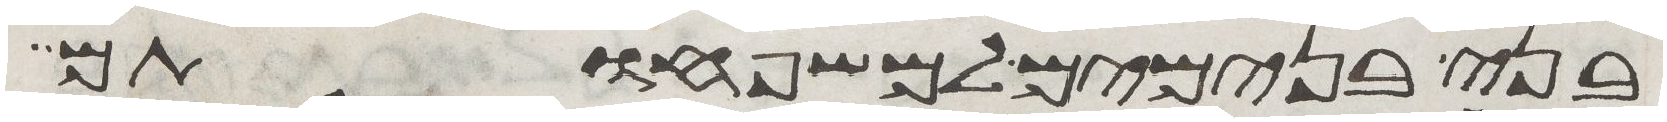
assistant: בני בנימים למשפחותם